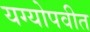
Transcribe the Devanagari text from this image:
यग्योपवीत